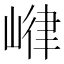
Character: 𱛼